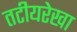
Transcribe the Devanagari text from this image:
तटीयरेखा